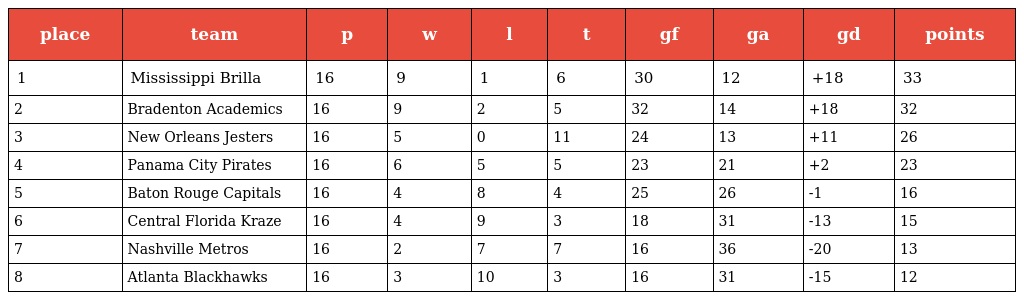
| place | team | p | w | l | t | gf | ga | gd | points |
 | --- | --- | --- | --- | --- | --- | --- | --- | --- | --- |
 | 1 | Mississippi Brilla | 16 | 9 | 1 | 6 | 30 | 12 | +18 | 33 |
 | 2 | Bradenton Academics | 16 | 9 | 2 | 5 | 32 | 14 | +18 | 32 |
 | 3 | New Orleans Jesters | 16 | 5 | 0 | 11 | 24 | 13 | +11 | 26 |
 | 4 | Panama City Pirates | 16 | 6 | 5 | 5 | 23 | 21 | +2 | 23 |
 | 5 | Baton Rouge Capitals | 16 | 4 | 8 | 4 | 25 | 26 | -1 | 16 |
 | 6 | Central Florida Kraze | 16 | 4 | 9 | 3 | 18 | 31 | -13 | 15 |
 | 7 | Nashville Metros | 16 | 2 | 7 | 7 | 16 | 36 | -20 | 13 |
 | 8 | Atlanta Blackhawks | 16 | 3 | 10 | 3 | 16 | 31 | -15 | 12 |